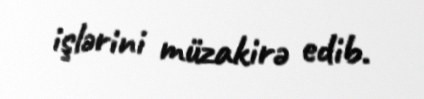
işlərini müzakirə edib.